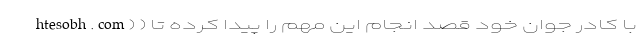
htesobh.com) ) با کادر جوان خود قصد انجام این مهم را پیدا کرده تا